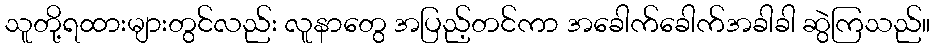
သူတို့ရထားများတွင်လည်း လူနာတွေ အပြည့်တင်ကာ အခေါက်ခေါက်အခါခါ ဆွဲကြသည်။